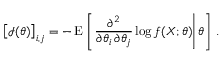
{ \bigl [ } { \mathcal { I } } ( \theta ) { \bigr ] } _ { i , j } = - \operatorname { E } \left[ \left. { \frac { \partial ^ { 2 } } { \partial \theta _ { i } \, \partial \theta _ { j } } } \log f ( X ; \theta ) \right| \theta \right] \, .